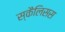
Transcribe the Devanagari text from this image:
स्कैलिसस